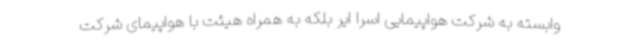
وابسته به شرکت هواپیمایی اسرا ایر بلکه به همراه هیئت با هواپیمای شرکت